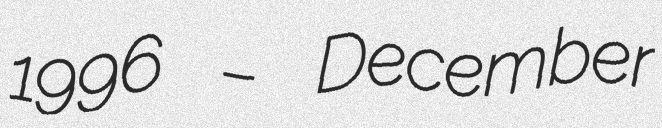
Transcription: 1996 – December